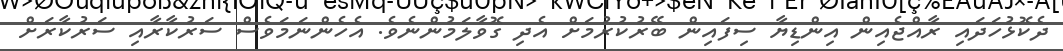
ދެކޮޅުހަދައި ރާއްޖެއިން އިންޑިޔާ ސިފައިން ބޭރުކުރުމަށް އެދި ގޮވާލަމުންނެވެ. އެހެންނަމަވެސް ސަރުކާރާއި ސަރުކާރަށް